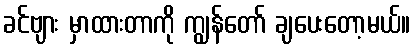
ခင်ဗျား မှာထားတာကို ကျွန်တော် ချပေးတော့မယ်။